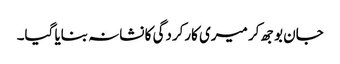
جان بوجھ کر میری کارکردگی کا نشانہ بنایا گیا۔